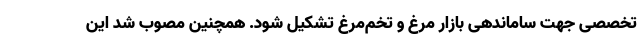
تخصصی جهت ساماندهی بازار مرغ و تخم‌مرغ تشکیل شود. همچنین مصوب شد این